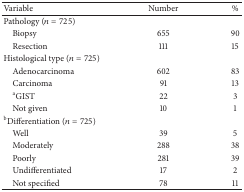
<table><thead><tr><td><b>Variable</b></td><td><b>Number</b></td><td><b>%</b></td></tr></thead><tbody><tr><td>Pathology (<i>n</i> = 725)</td><td> </td><td> </td></tr><tr><td> Biopsy</td><td>655</td><td>90</td></tr><tr><td> Resection</td><td>111</td><td>15</td></tr><tr><td>Histological type (<i>n</i> = 725)</td><td> </td><td> </td></tr><tr><td> Adenocarcinoma</td><td>602</td><td>83</td></tr><tr><td> Carcinoma</td><td>91</td><td>13</td></tr><tr><td> <sup>a</sup>GIST</td><td>22</td><td>3</td></tr><tr><td> Not given</td><td>10</td><td>1</td></tr><tr><td><sup>b</sup>Differentiation (<i>n</i> = 725)</td><td> </td><td> </td></tr><tr><td> Well</td><td>39</td><td>5</td></tr><tr><td> Moderately</td><td>288</td><td>38</td></tr><tr><td> Poorly</td><td>281</td><td>39</td></tr><tr><td> Undifferentiated</td><td>17</td><td>2</td></tr><tr><td> Not specified</td><td>78</td><td>11</td></tr></tbody></table>